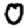
Digit: 0